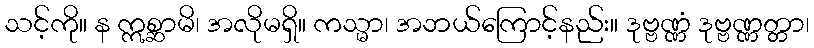
သင့်ကို။ န ဣစ္ဆာမိ၊ အလိုမရှိ။ ကသ္မာ၊ အဘယ်ကြောင့်နည်း။ ဒုဗ္ဗဏ္ဏံ ဒုဗ္ဗဏ္ဏတ္တာ၊